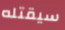
سيقتله